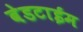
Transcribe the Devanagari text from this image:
बेडटाईम